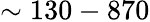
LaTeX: \sim 130-870